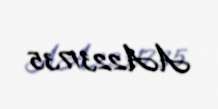
AA2231735